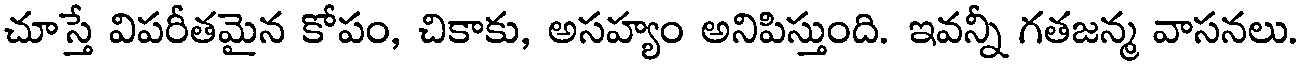
చూస్తే విపరీతమైన కోపం, చికాకు, అసహ్యం అనిపిస్తుంది. ఇవన్నీ గతజన్మ వాసనలు